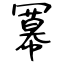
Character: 冪